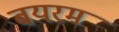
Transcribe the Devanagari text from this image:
बयरम